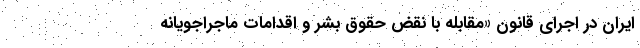
ایران در اجرای قانون «مقابله با نقض حقوق بشر و اقدامات ماجراجویانه